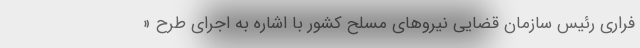
فراری رئیس سازمان قضایی نیروهای مسلح کشور با اشاره به اجرای طرح «